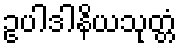
ဥပါဒါနိယသုတ္တံ